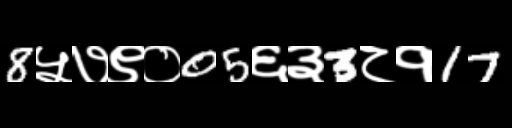
Text: 8५७९०05६३3८१17